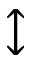
\updownarrow